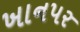
ખાનપર